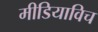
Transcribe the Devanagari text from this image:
मीडियाविच